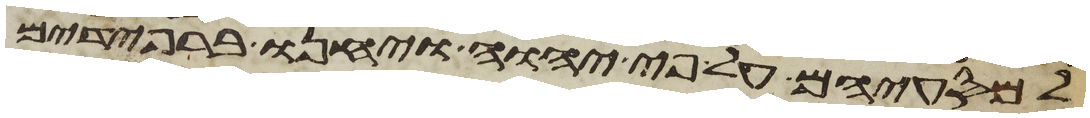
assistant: למסעיהם על פי יהוה ויחנו ברפידים